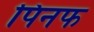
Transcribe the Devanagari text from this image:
पिनफ